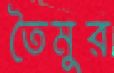
তৈমুর